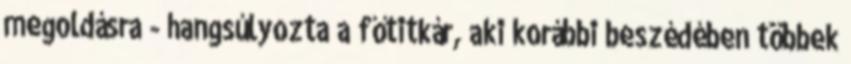
megoldásra - hangsúlyozta a főtitkár, aki korábbi beszédében többek